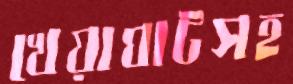
খেয়াঘাটসহ